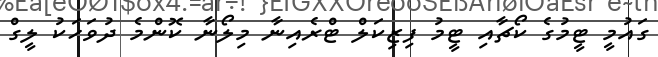
ގައުމީ ޓީމުގެ ކޯޗާއި ޓީމު ފިޒިކަލް ޓްރެއިނާ މިލޯނާ ކޮންމެ ދުވަހަކު ލީގް